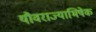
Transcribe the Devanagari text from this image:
यौवराज्याभिषेक